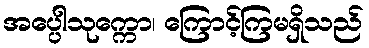
အပ္ပေါသုက္ကော၊ ကြောင့်ကြမရှိသည်